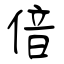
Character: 偣